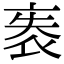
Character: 袠